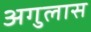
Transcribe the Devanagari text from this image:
अगुलास